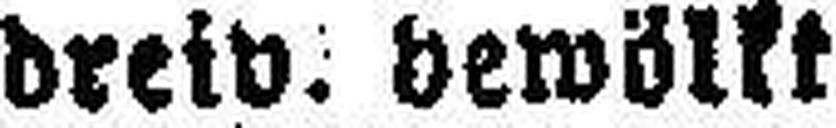
dreiv bewölkt